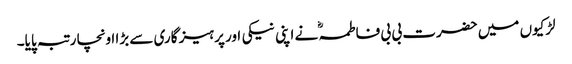
لڑکیوں میں حضرت بی بی فاطمہؓ نے اپنی نیکی اور پرہیز گاری سے بڑا اونچا رتبہ پایا۔